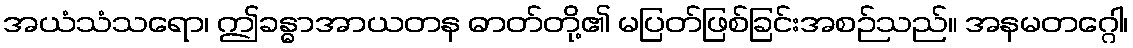
အယံသံသရော၊ ဤခန္ဓာအာယတန ဓာတ်တို့၏ မပြတ်ဖြစ်ခြင်းအစဉ်သည်။ အနမတဂ္ဂေါ၊